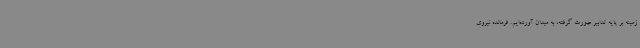
زمینه بر پایه تدابیر صورت گرفته، به میدان آورده‌ایم. فرمانده نیروی